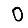
Digit: 0